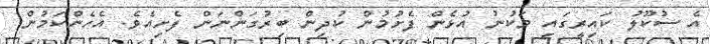
އެ ސުކޫލު ކައިރީގައި މަކުނު އުޅެން ފެށުމުން ކުދިން ބިރުގަންނަން ފެށިއެވެ. އެހެންކަމުން